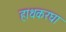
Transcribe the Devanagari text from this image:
हाथकरघा